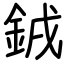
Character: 銊